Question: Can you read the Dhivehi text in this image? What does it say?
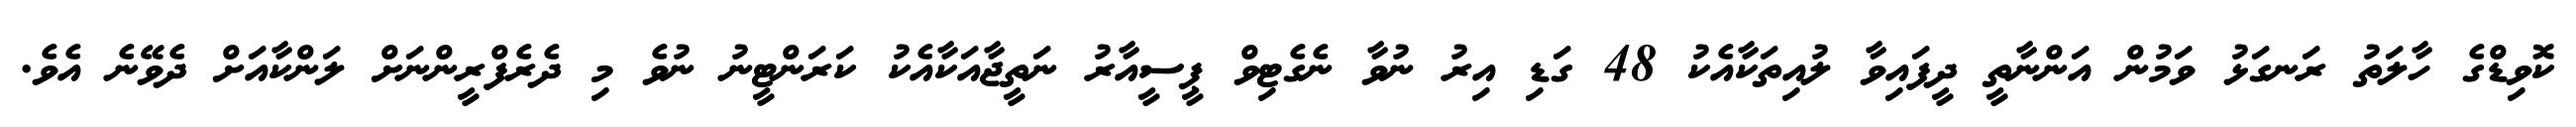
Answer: ކޮވިޑްގެ ހާލަތު ރަނގަޅު ވަމުން އަންނާތީ ދީފައިވާ ލުއިތަކާއެކު 48 ގަޑި އިރު ނުވާ ނެގެޓިވް ޕީސީއާރު ނަތީޖާއަކާއެކު ކަރަންޓީނު ނުވެ މި ދެރެފްރީންނަށް ލަންކާއަށް ދެވޭނެ އެވެ.